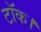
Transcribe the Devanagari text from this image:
टॉक।